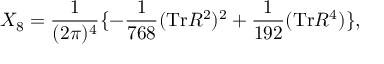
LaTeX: X _ { 8 } = \frac { 1 } { ( 2 \pi ) ^ { 4 } } \lbrace - \frac { 1 } { 7 6 8 } ( \mathrm { { T r } } R ^ { 2 } ) ^ { 2 } + \frac { 1 } { 1 9 2 } ( \mathrm { T r } R ^ { 4 } ) \rbrace ,